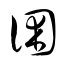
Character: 困